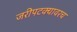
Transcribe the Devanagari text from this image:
जरीपटक्यावरच